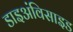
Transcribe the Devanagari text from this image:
डाइअंविसाइड